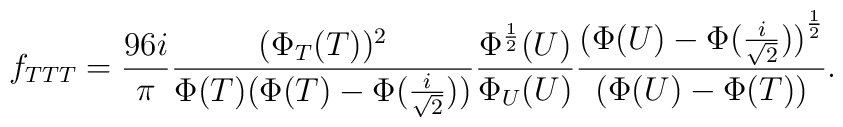
f_{TTT}= \frac{96 i}{\pi} \frac{(\Phi_T (T))^2}{\Phi (T)(\Phi(T) -\Phi(\frac{i}{\sqrt{2}}))} \frac{\Phi^{\frac{1}{2}} (U)}{\Phi_U (U)}\frac{ {(\Phi(U)- \Phi(\frac{i}{\sqrt{2}}))}^{\frac{1}{2}} }{ (\Phi(U) -\Phi(T))}.